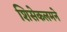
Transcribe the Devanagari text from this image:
शिसेकलमने